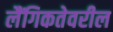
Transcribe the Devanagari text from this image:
लैंगिकतेवरील